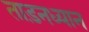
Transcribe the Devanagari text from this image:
ताड़नध्यान